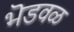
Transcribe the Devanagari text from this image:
भॆडवळ